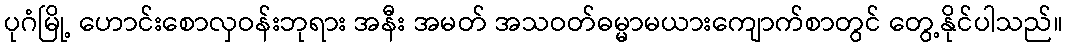
ပုဂံမြို့ ဟောင်းစောလှဝန်းဘုရား အနီး အမတ် အသဝတ်ဓမ္မာမယားကျောက်စာတွင် တွေ့နိုင်ပါသည်။